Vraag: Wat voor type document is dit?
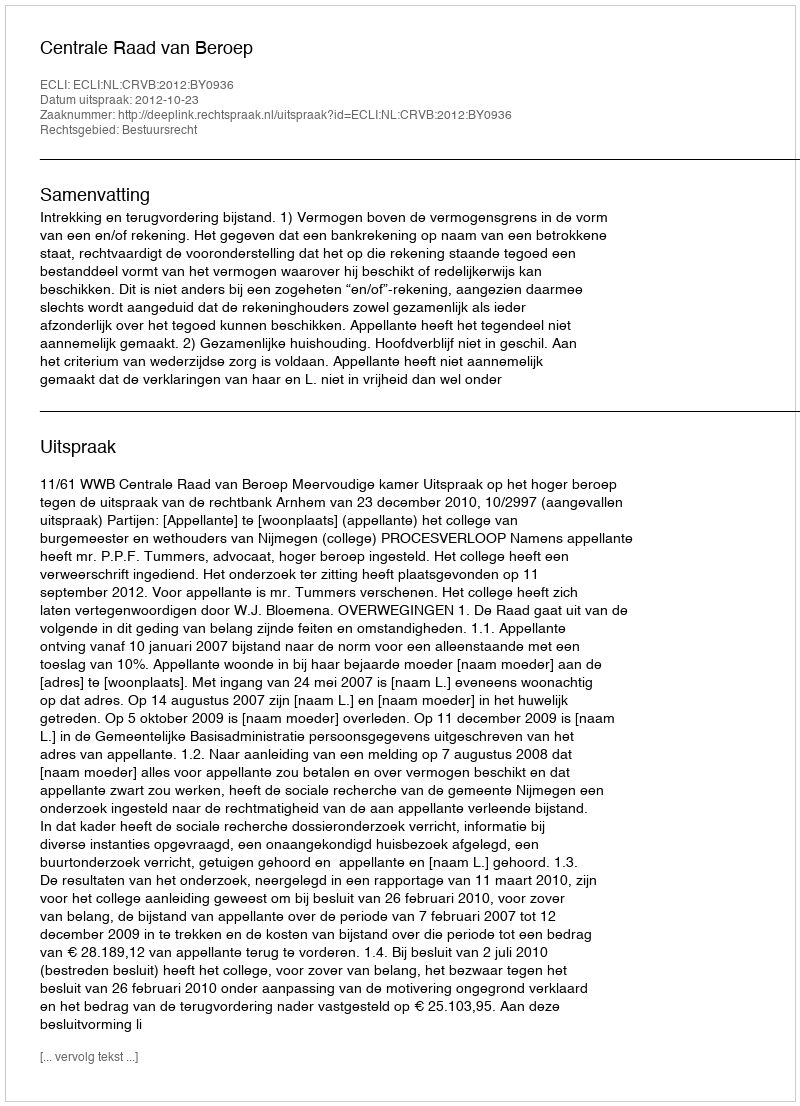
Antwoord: Uitspraak